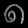
Digit: ၈